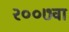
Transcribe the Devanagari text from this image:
२००७वा